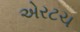
એરટચ